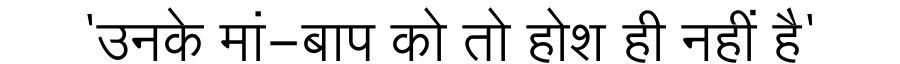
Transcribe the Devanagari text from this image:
'उनके मां-बाप को तो होश ही नहीं है'